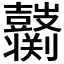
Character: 𱌌